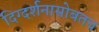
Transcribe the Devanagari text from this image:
दिग्दर्शनासोबतच